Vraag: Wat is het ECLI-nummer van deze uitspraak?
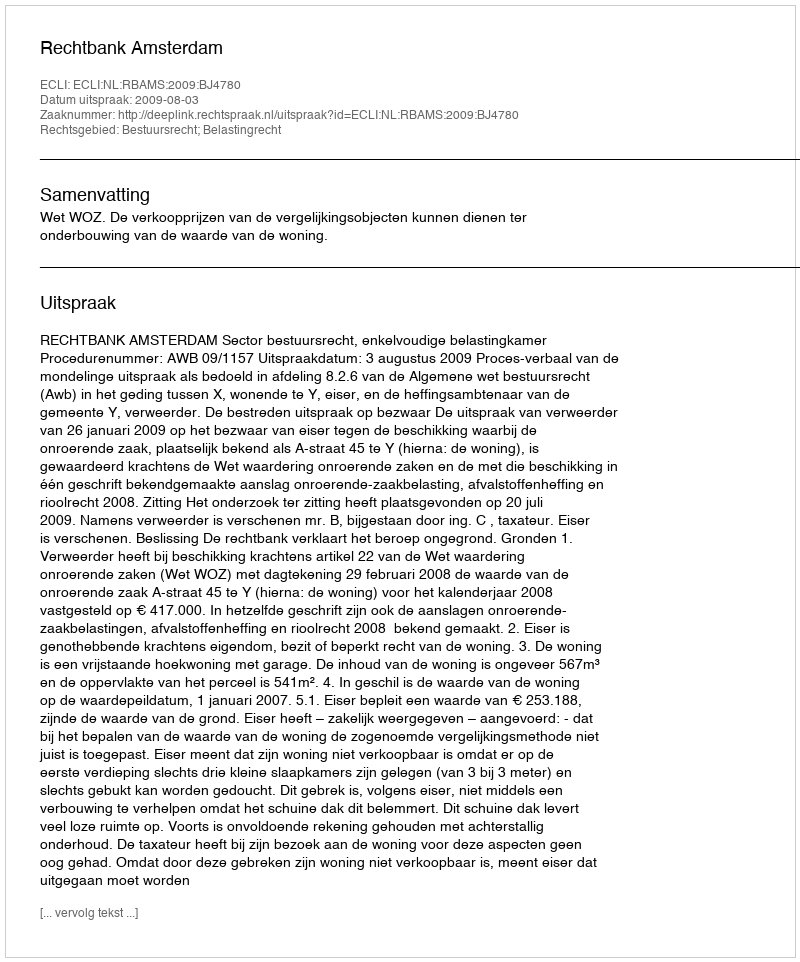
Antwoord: ECLI:NL:RBAMS:2009:BJ4780